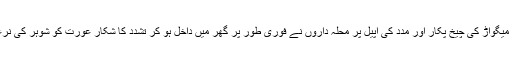
عینی شاہدین کا کہنا ہے کہ تشدد کا شکار گوڈی میگواڑ کی چیخ پکار اور مدد کی اپیل پر محلہ داروں نے فوری طور پر گھر میں داخل ہو کر تشدد کا شکار عورت کو شوہر کی نرغے سے بچایا اور واقع کی اطلاع پولیس کو دی۔